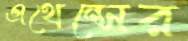
এথেন্সের